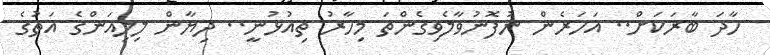
ހާދަ ބާރަކަށް.. އަހަރެން ނުފޮނުވާލެވިގެންތަ މިހާރު ތިއުޅުނީ.. ދިޔާން ލިލިއަންގެ އަތުގެ